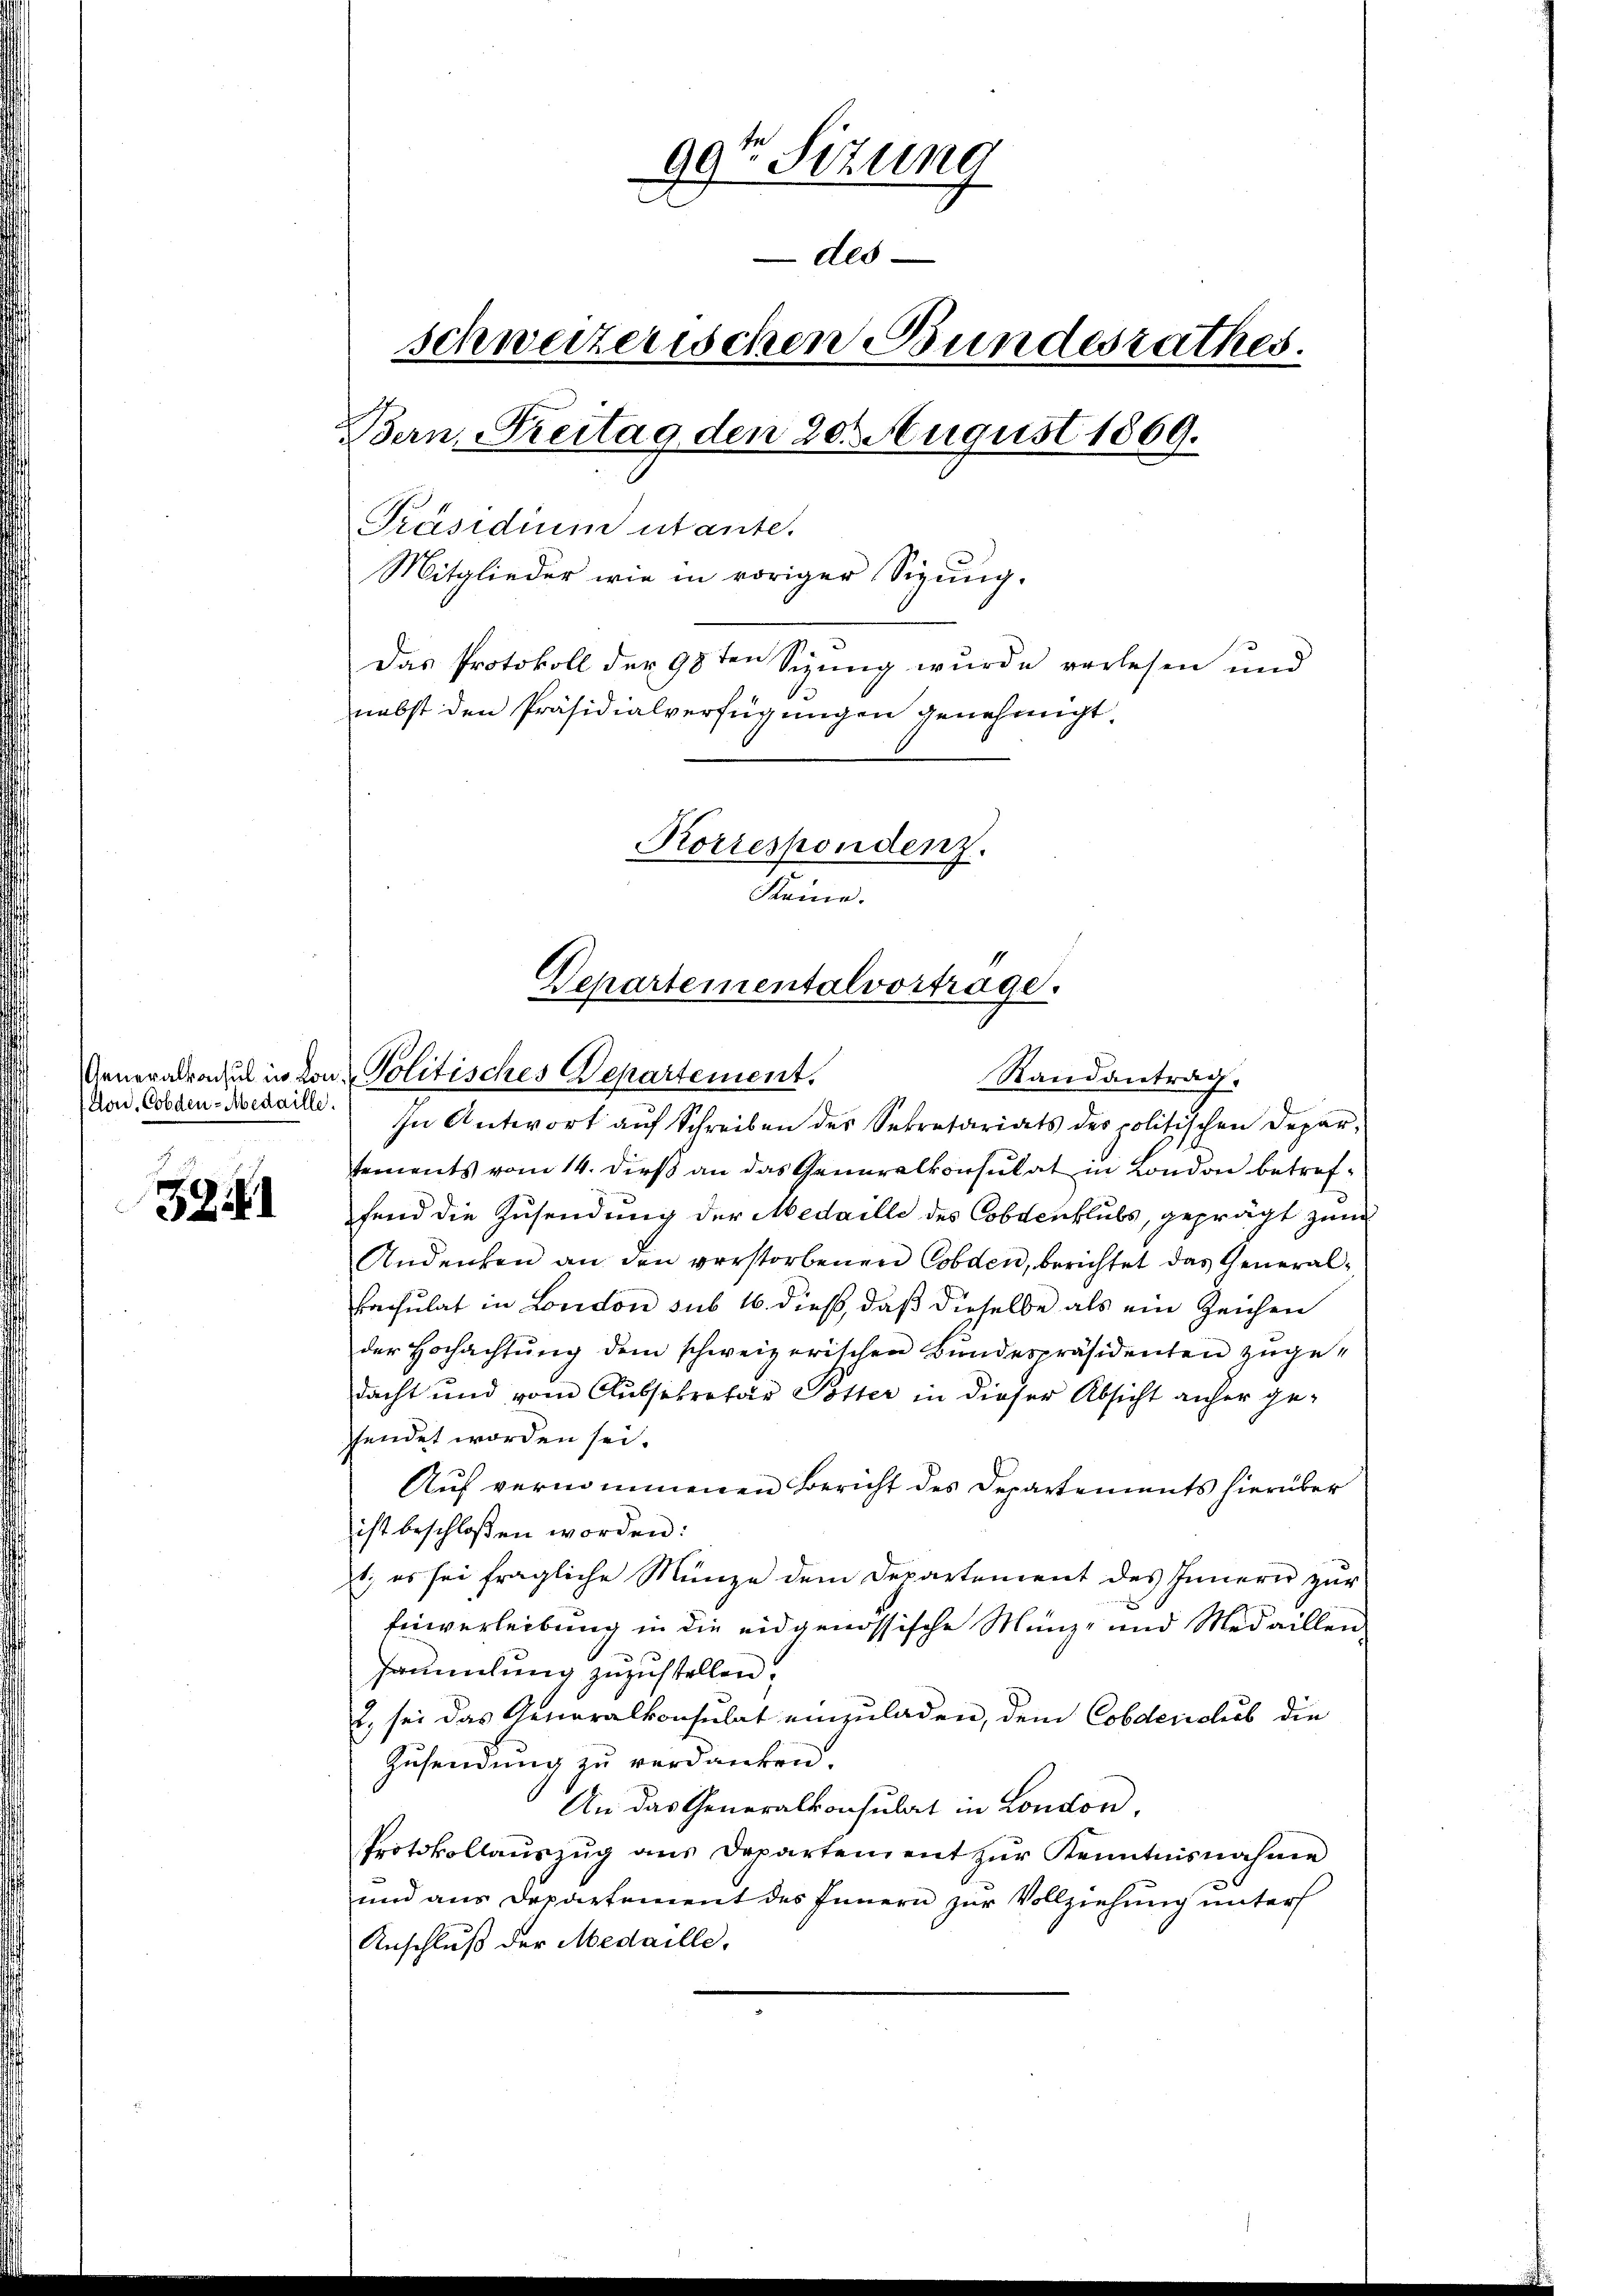
dad. Cobden-Medaille.

3241

99t Sizung
des
schweizerischen Bundesrathes.
Bern, Reitag den 20. August 1869.
Präsidium utante.
Mitglieder wie in voriger Sigung.
Das Protokoll der 98ten Sizung wurde vorlesen und
nebst den Präsidialverfügungen genehmigt
Korrespondenz.
Keine.

Departementalvortrage.
eneralrathun in von Politisches Departement.
Randantrag.

In Antwort auf Schreiben des Sekretariats des politischen Departements vom 14. dieß an das Generalkonsulat in London betreffend die Zusendung der Medaille des Cobdenklubs, geprägt zum
Andenten an den verstorbenen Cobden, berichtet das Generalkapsulat in London sub 16. dieß, daß dieselbe als ein Zeichen
der Hochachtung dem schweizerischen Bundespräsidenten zuge-
dacht und vom Aussekretär Pötter in dieser Absicht anher gefendet worden sei.
Auf vernommenen Bericht des Departements hierüber
ist beschloßen worden:
1; es sei fragliche Münze dem Departement des Innern zur
Einverleibung in die eidgenössische Münz- und Medaillen
sammlung zuzustellen.
2, sei das Generalkonsulat einzuladen, dem Cobderiches die
Zusendung zu verdanken.
An das Generalkonsulat in London,
Protokollaŭszŭg ans Departement zŭr Kenntnisnahmen
und aus Departement des Innern zur Vollziehung unter
Anschluß der Medaille,